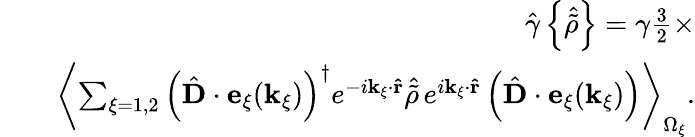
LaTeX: \begin{array}{rlr}&{}&{{\hat{\gamma}}\left\{ {\hat{\tilde{\rho}}}\right\} =\gamma\frac{3}{2}\times}\\ &{}&{\left<\sum_{\xi=1,2}{\left({\hat{\mathbf D}}\cdot{\mathbf e}_{\xi}({\mathbf k}_{\xi})\right)^{\dagger}}e^{-i{\mathbf k}_{\xi}\cdot{\mathbf{\hat{r}}}}{\hat{\tilde{\rho}}}\, e^{i{\mathbf k}_{\xi}\cdot{\mathbf{\hat{r}}}}\left({\hat{\mathbf D}}\cdot{\mathbf e}_{\xi}({\mathbf k}_{\xi})\right)\right>_{\Omega_{\xi}}.}\end{array}